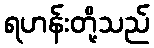
ရဟန်းတို့သည်